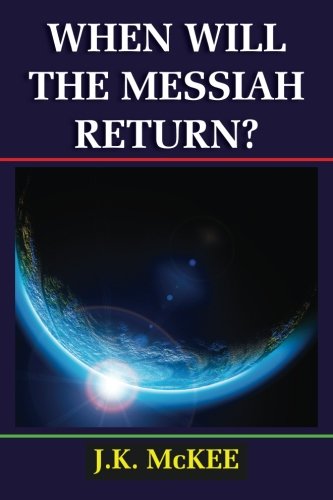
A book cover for When Will the Messiah Return?; J.K. McKee; Religion & Spirituality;